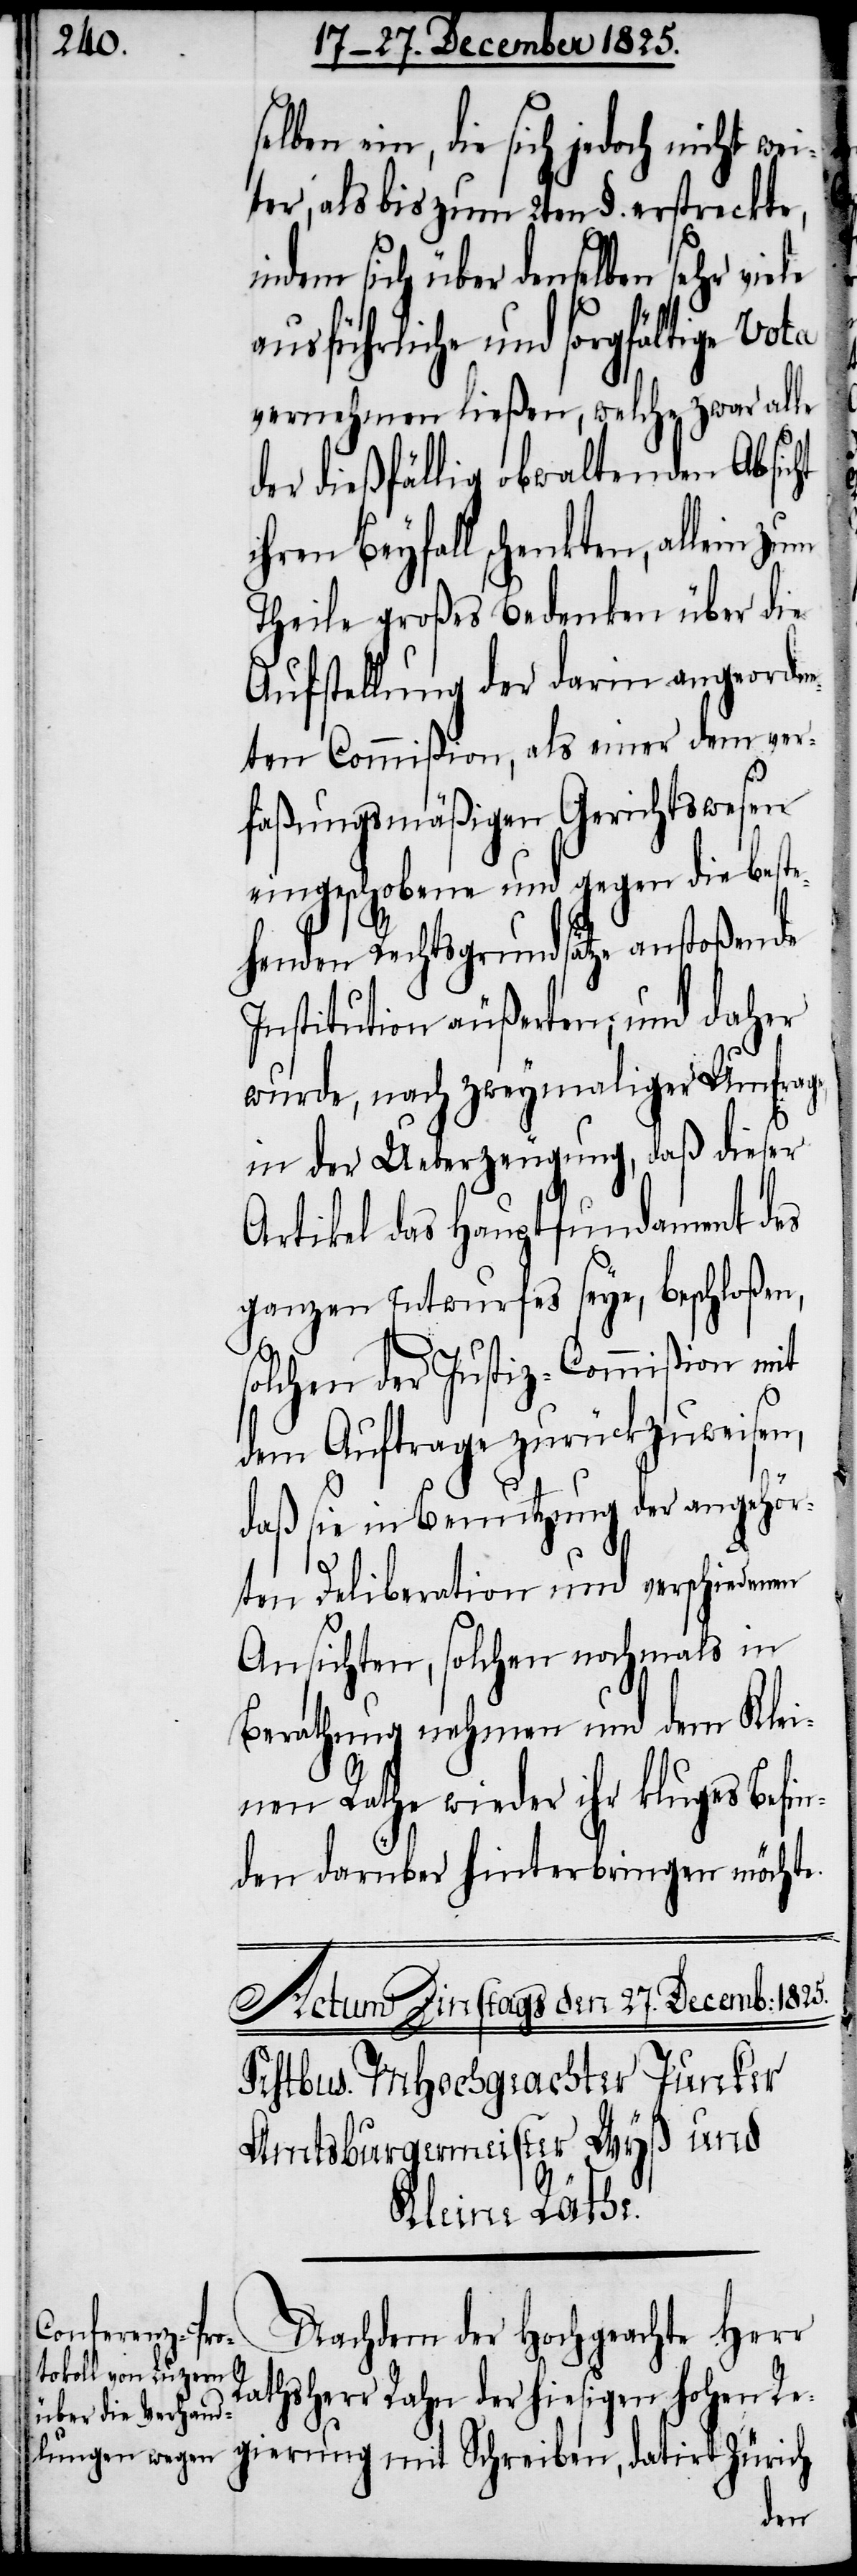
ein, die sich jedoch nicht wei¬
ter, als bis zum 2ten §. erstreckte,
indem sich über denselben sehr viele
ausführliche und sorgfältige Vota
vernehmen ließen, welche zwar alle
der dießfällig obwaltenden Absicht
ihren Beyfall schenkten, allein
Theile großes Bedenken über die
Aufstellung der darin angeordne¬
ten Commißion, als einer dem ver¬
faßungsmäßigen Gerichtswesen
eingeschobene und gegen die beste¬
henden Rechtsgrundsätze anstoßende
Institution äußerten; und daher
wurde, nach zweymaliger Umfrage
in der Ueberzeugung, daß dieser
Artikel das Hauptfundament des
ganzen Entwurfes seye, beschloßen,
solchen der Justiz-Commißion mit
dem Auftrage zurückzuweisen,
daß sie in Benutzung der angehör¬
ten Deliberation und verschiedenen
Ansichten, solchen nochmals in
Berathung nehmen und dem Klei¬
nen Rathe wieder ihr kluges Befin¬
den darüber hinterbringen möchte.
Nachdem der Hochgeachte Herr
Rathsherr Rahn der hiesigen hohen Re¬
gierung mit Schreiben, datirt Zürich